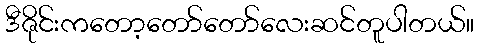
ဒီဇိုင်းကတော့တော်တော်လေးဆင်တူပါတယ်။